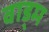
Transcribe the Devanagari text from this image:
वाड्म